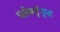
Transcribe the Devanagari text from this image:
प्लेक्ट्रंथुस